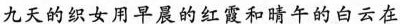
九天的织女用早晨的红霞和睛午的白云在